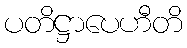
ပတိဋ္ဌာပေဟီတိ